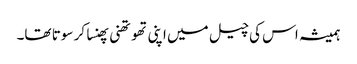
ہمیشہ اس کی چیل میں اپنی تھوتھنی پھنسا کر سوتا تھا۔